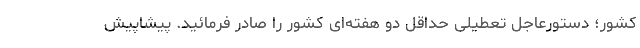
کشور؛ دستورعاجل تعطیلی حداقل دو هفته‌ای کشور را صادر فرمائید. پیشاپیش